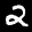
Label: 2